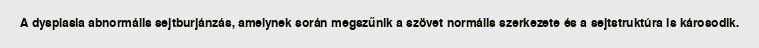
A dysplasia abnormális sejtburjánzás, amelynek során megszűnik a szövet normális szerkezete és a sejtstruktúra is károsodik.